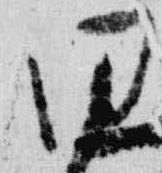
同